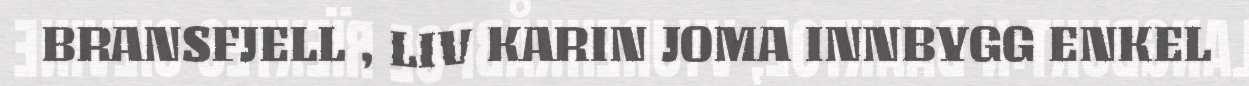
BRANSFJELL , LIV KARIN JOMA INNBYGG ENKEL